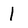
Character: 1